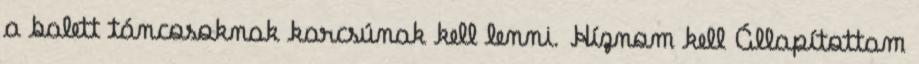
a balett táncosoknak karcsúnak kell lenni. Híznom kell Állapítottam